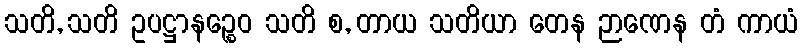
သတိ, သတိ ဥပဋ္ဌာနဉ္စေဝ သတိ စ, တာယ သတိယာ တေန ဉာဏေန တံ ကာယံ